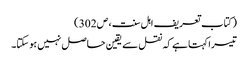
( کتاب تعریف اہل سنت ، ص 302 )
تیسرا کہتا ہے کہ نقل سے یقین حاصل نہیں ہوسکتا۔